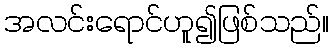
အလင်းရောင်ဟူ၍ဖြစ်သည်။